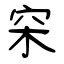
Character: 穼